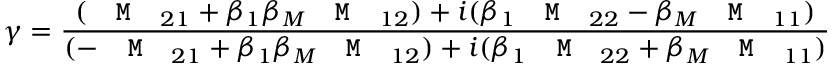
\gamma = \frac { ( \texttt { \textbf { M } } _ { 2 1 } + \beta _ { 1 } \beta _ { M } \texttt { \textbf { M } } _ { 1 2 } ) + i ( \beta _ { 1 } \texttt { \textbf { M } } _ { 2 2 } - \beta _ { M } \texttt { \textbf { M } } _ { 1 1 } ) } { ( - \texttt { \textbf { M } } _ { 2 1 } + \beta _ { 1 } \beta _ { M } \texttt { \textbf { M } } _ { 1 2 } ) + i ( \beta _ { 1 } \texttt { \textbf { M } } _ { 2 2 } + \beta _ { M } \texttt { \textbf { M } } _ { 1 1 } ) }